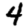
Digit: 4